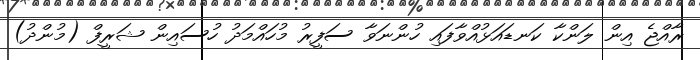
ރާއްޖެ އިން ލަންކާ ކަނޑައަޅުއްވާފައި ހުންނަވާ ސަފީރު މުހައްމަދު ހުސައިން ޝަރީފް (މުންދު)